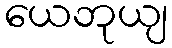
ယေဘုယျ